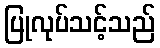
ပြုလုပ်သင့်သည်